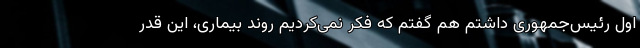
اول رئیس‌جمهوری داشتم هم گفتم که فکر نمی‌کردیم روند بیماری، این قدر